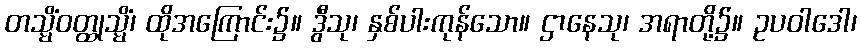
တသ္မိံဝတ္ထုသ္မိံ၊ ထိုအကြောင်း၌။ ဒွီသု၊ နှစ်ပါးကုန်သော။ ဌာနေသု၊ အရာတို့၌။ ဥပဝါဒေါ၊